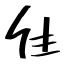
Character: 隹